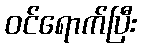
ဝင်ရောက်ပြီး